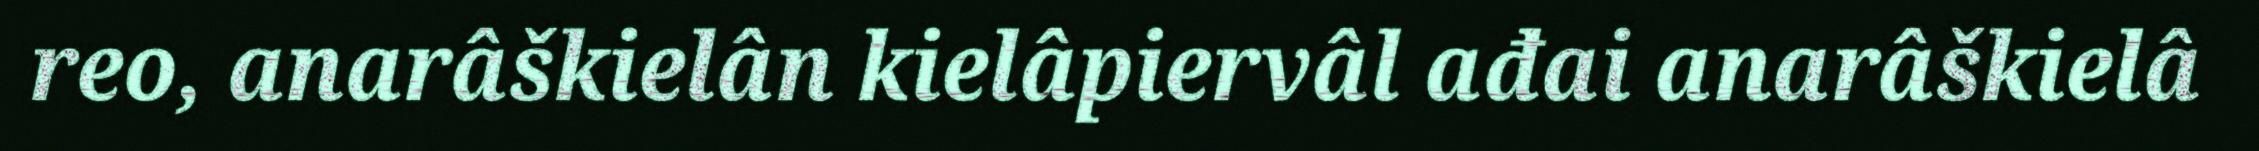
reo, anarâškielân kielâpiervâl ađai anarâškielâ